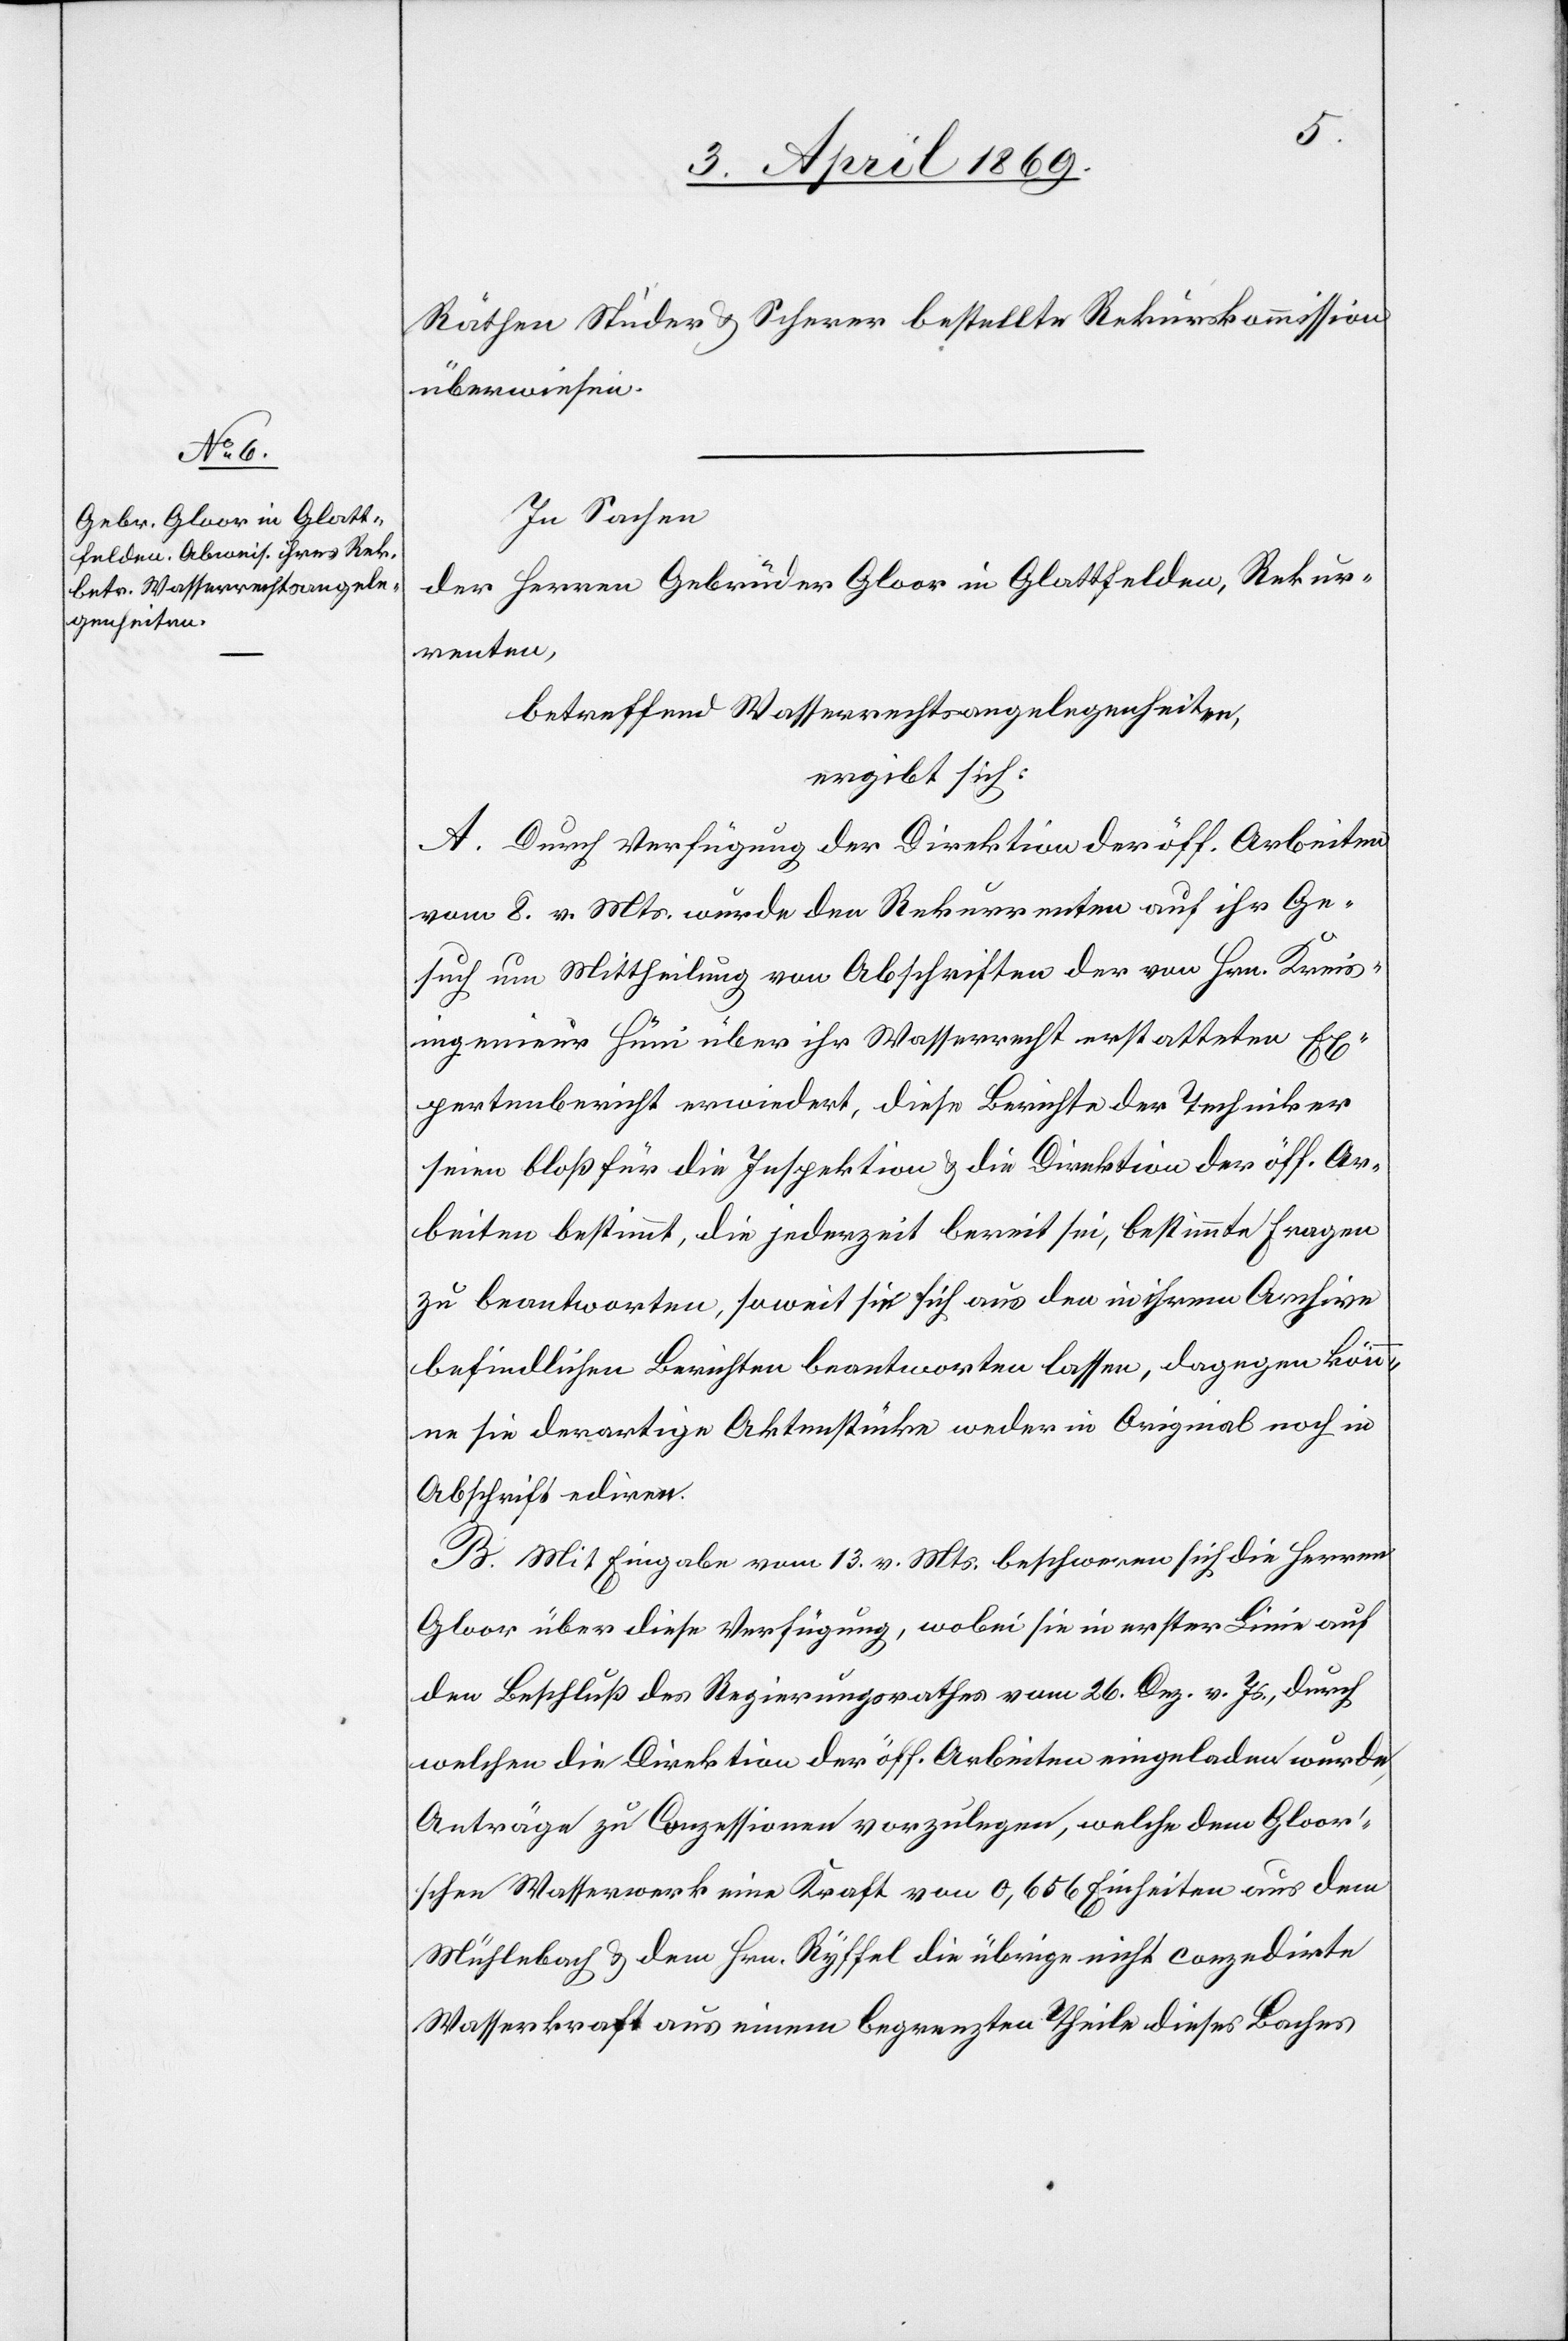
Räthen Studer u. Scherrer bestellte Rekurskommission
überwiesen.
In Sachen
der Herren Gebrüder Gloor in Glattfelden, Rekur¬
renten,
betreffend Wasserrechtsangelegenheiten,
ergibt sich:
A. Durch Verfügung der Direktion der öff. Arbeiten
vom 8. v. Mts. wurde den Rekurrenten auf ihr Ge¬
such um Mittheilung von Abschriften der von Hrn. Kreis¬
ingenieur Hüni über ihr Wasserrecht erstatteten Ex¬
pertenbericht erwiedert, diese Berichte der Techniker
seien bloß für die Inspektion & die Direktion der öff. Ar¬
beiten bestimmt, die jederzeit bereit sei, bestimmte Fragen
zu beantworten, soweit sie sich aus den in ihrem Archive
befindlichen Berichten beantworten lassen, dagegen kön¬
ne sie derartige Aktenstücke weder in Original noch in
Abschrift ediren.
B. Mit Eingabe vom 13. v. Mts. beschweren sich die Herren
Gloor über diese Verfügung, wobei sie in erster Linie auf
den Beschluß des Regierungsrathes vom 26. Dez. v. Js., durch
welchen die Direktion der öff. Arbeiten eingeladen wurde,
Anträge zu Conzessionen vorzulegen, welche dem Gloor’s¬
chen Wasserwerk eine Kraft von 0,656 Einheiten aus dem
Mühlebach & dem Hrn. Ryffel die übrige nicht conzedirte
Wasserkraft aus einem begrenzten Theile dieses Baches